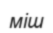
міш